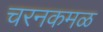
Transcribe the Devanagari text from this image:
चरनकमळ